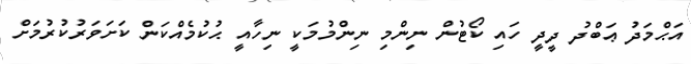
އަޙްމަދު ޢަބްދު ދީދީ ހައި ކޯޓުން ނިންމި ނިންމުމަކީ ނިހާއީ ޙުކުމެއްކަން ކަށަވަރުކުރުމަށް